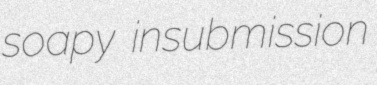
soapy insubmission